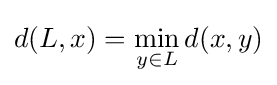
d(L,x)=\min _{y\in L}d(x,y)